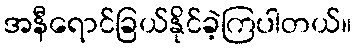
အနီရောင်ခြယ်နိုင်ခဲ့ကြပါတယ်။